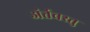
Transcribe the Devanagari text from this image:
अंर्तवस्तु